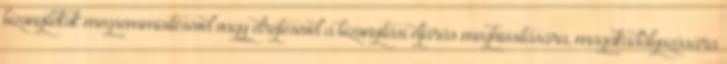
bizonyítékok megsemmisítésével vagy elrejtésével a bizonyítási eljárás meghiúsítására, magakadályozására